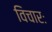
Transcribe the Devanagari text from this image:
विचारः